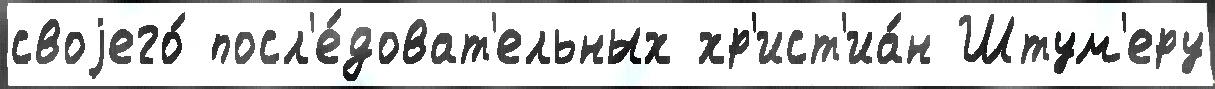
своjего́ посл'е́доват'ельных хр'ист'иа́н Штум'еру